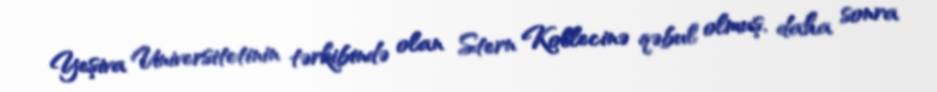
Yeşiva Universitetinin tərkibində olan Stern Kollecinə qəbul olmuş, daha sonra